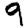
Digit: 9